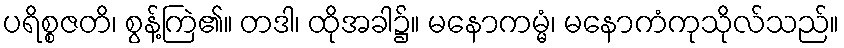
ပရိစ္စဇတိ၊ စွန့်ကြဲ၏။ တဒါ၊ ထိုအခါ၌။ မနောကမ္မံ၊ မနောကံကုသိုလ်သည်။